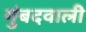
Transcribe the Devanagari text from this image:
गुंबदवाली